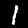
Label: 1